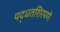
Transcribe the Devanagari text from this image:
पद्धतशिरपणे